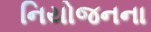
નિયોજનના